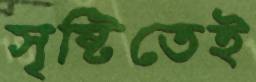
সৃষ্টিতেই